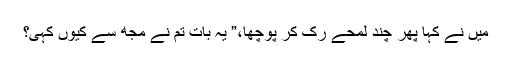
میں نے کہا پھر چند لمحے رُک کر پوچھا،” یہ بات تم نے مجھ سے کیوں کہی؟